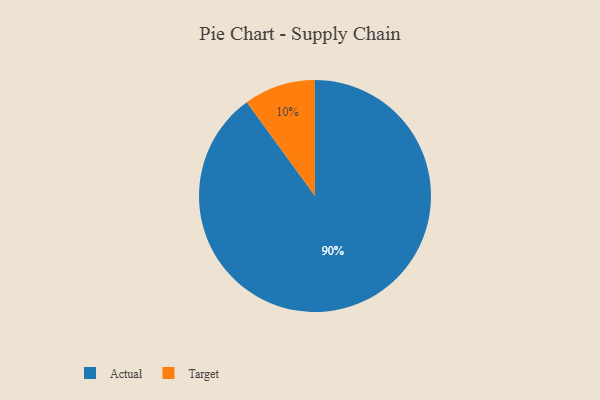
{"axis": {"x": "Category", "y": "Percentage"}, "legend": ["Actual", "Target"], "data": [{"x": "Actual", "y": 90, "type": "Actual"}, {"x": "Target", "y": 10, "type": "Target"}]}